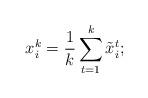
LaTeX: \begin{align*}x_i^k = \frac{1}{k} \sum_{t=1}^{k} \tilde{x}_i^t;\end{align*}